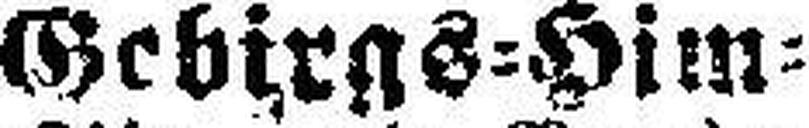
Vorzüglichen Gebirgs=Him¬